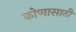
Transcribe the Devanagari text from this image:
कोणासाठी